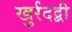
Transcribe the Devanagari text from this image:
खुर्रदद्बी